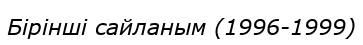
Бірінші сайланым (1996-1999)